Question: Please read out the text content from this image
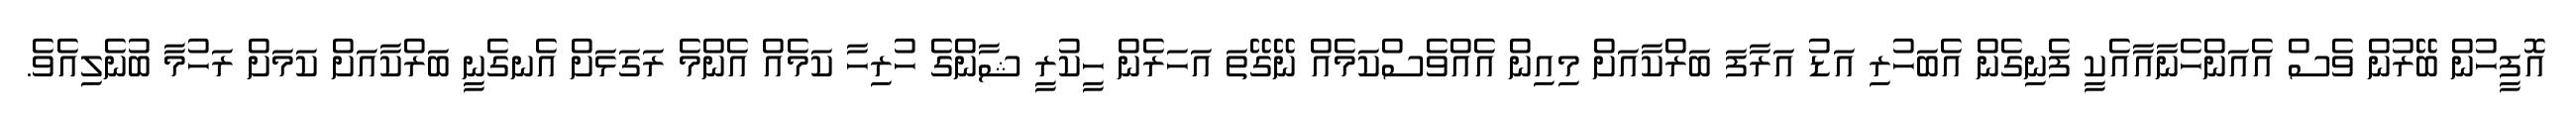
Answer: އޮފީހުން ބޭރުން ވެސް އެއަންހެނާއާއެކީ ފެނިގެން އެބަހުރި އަޑު އަރާފަ ބަރްކާއަށް މިއިން އެއްވެސްކަމެއް ނޭގޭތަ އަހަރެން ހީކުރީ ޝާންގެ ހުރިހާ ކަމެއް އެންމެ ރަގަޅަށް އެނގެނީ ބަރްކާއަށް ކަމަށް ރަހުމާ ބުނެލިއެވެ.